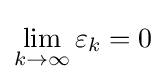
\lim _{k\rightarrow \infty }\varepsilon _{k}=0